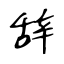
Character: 辞